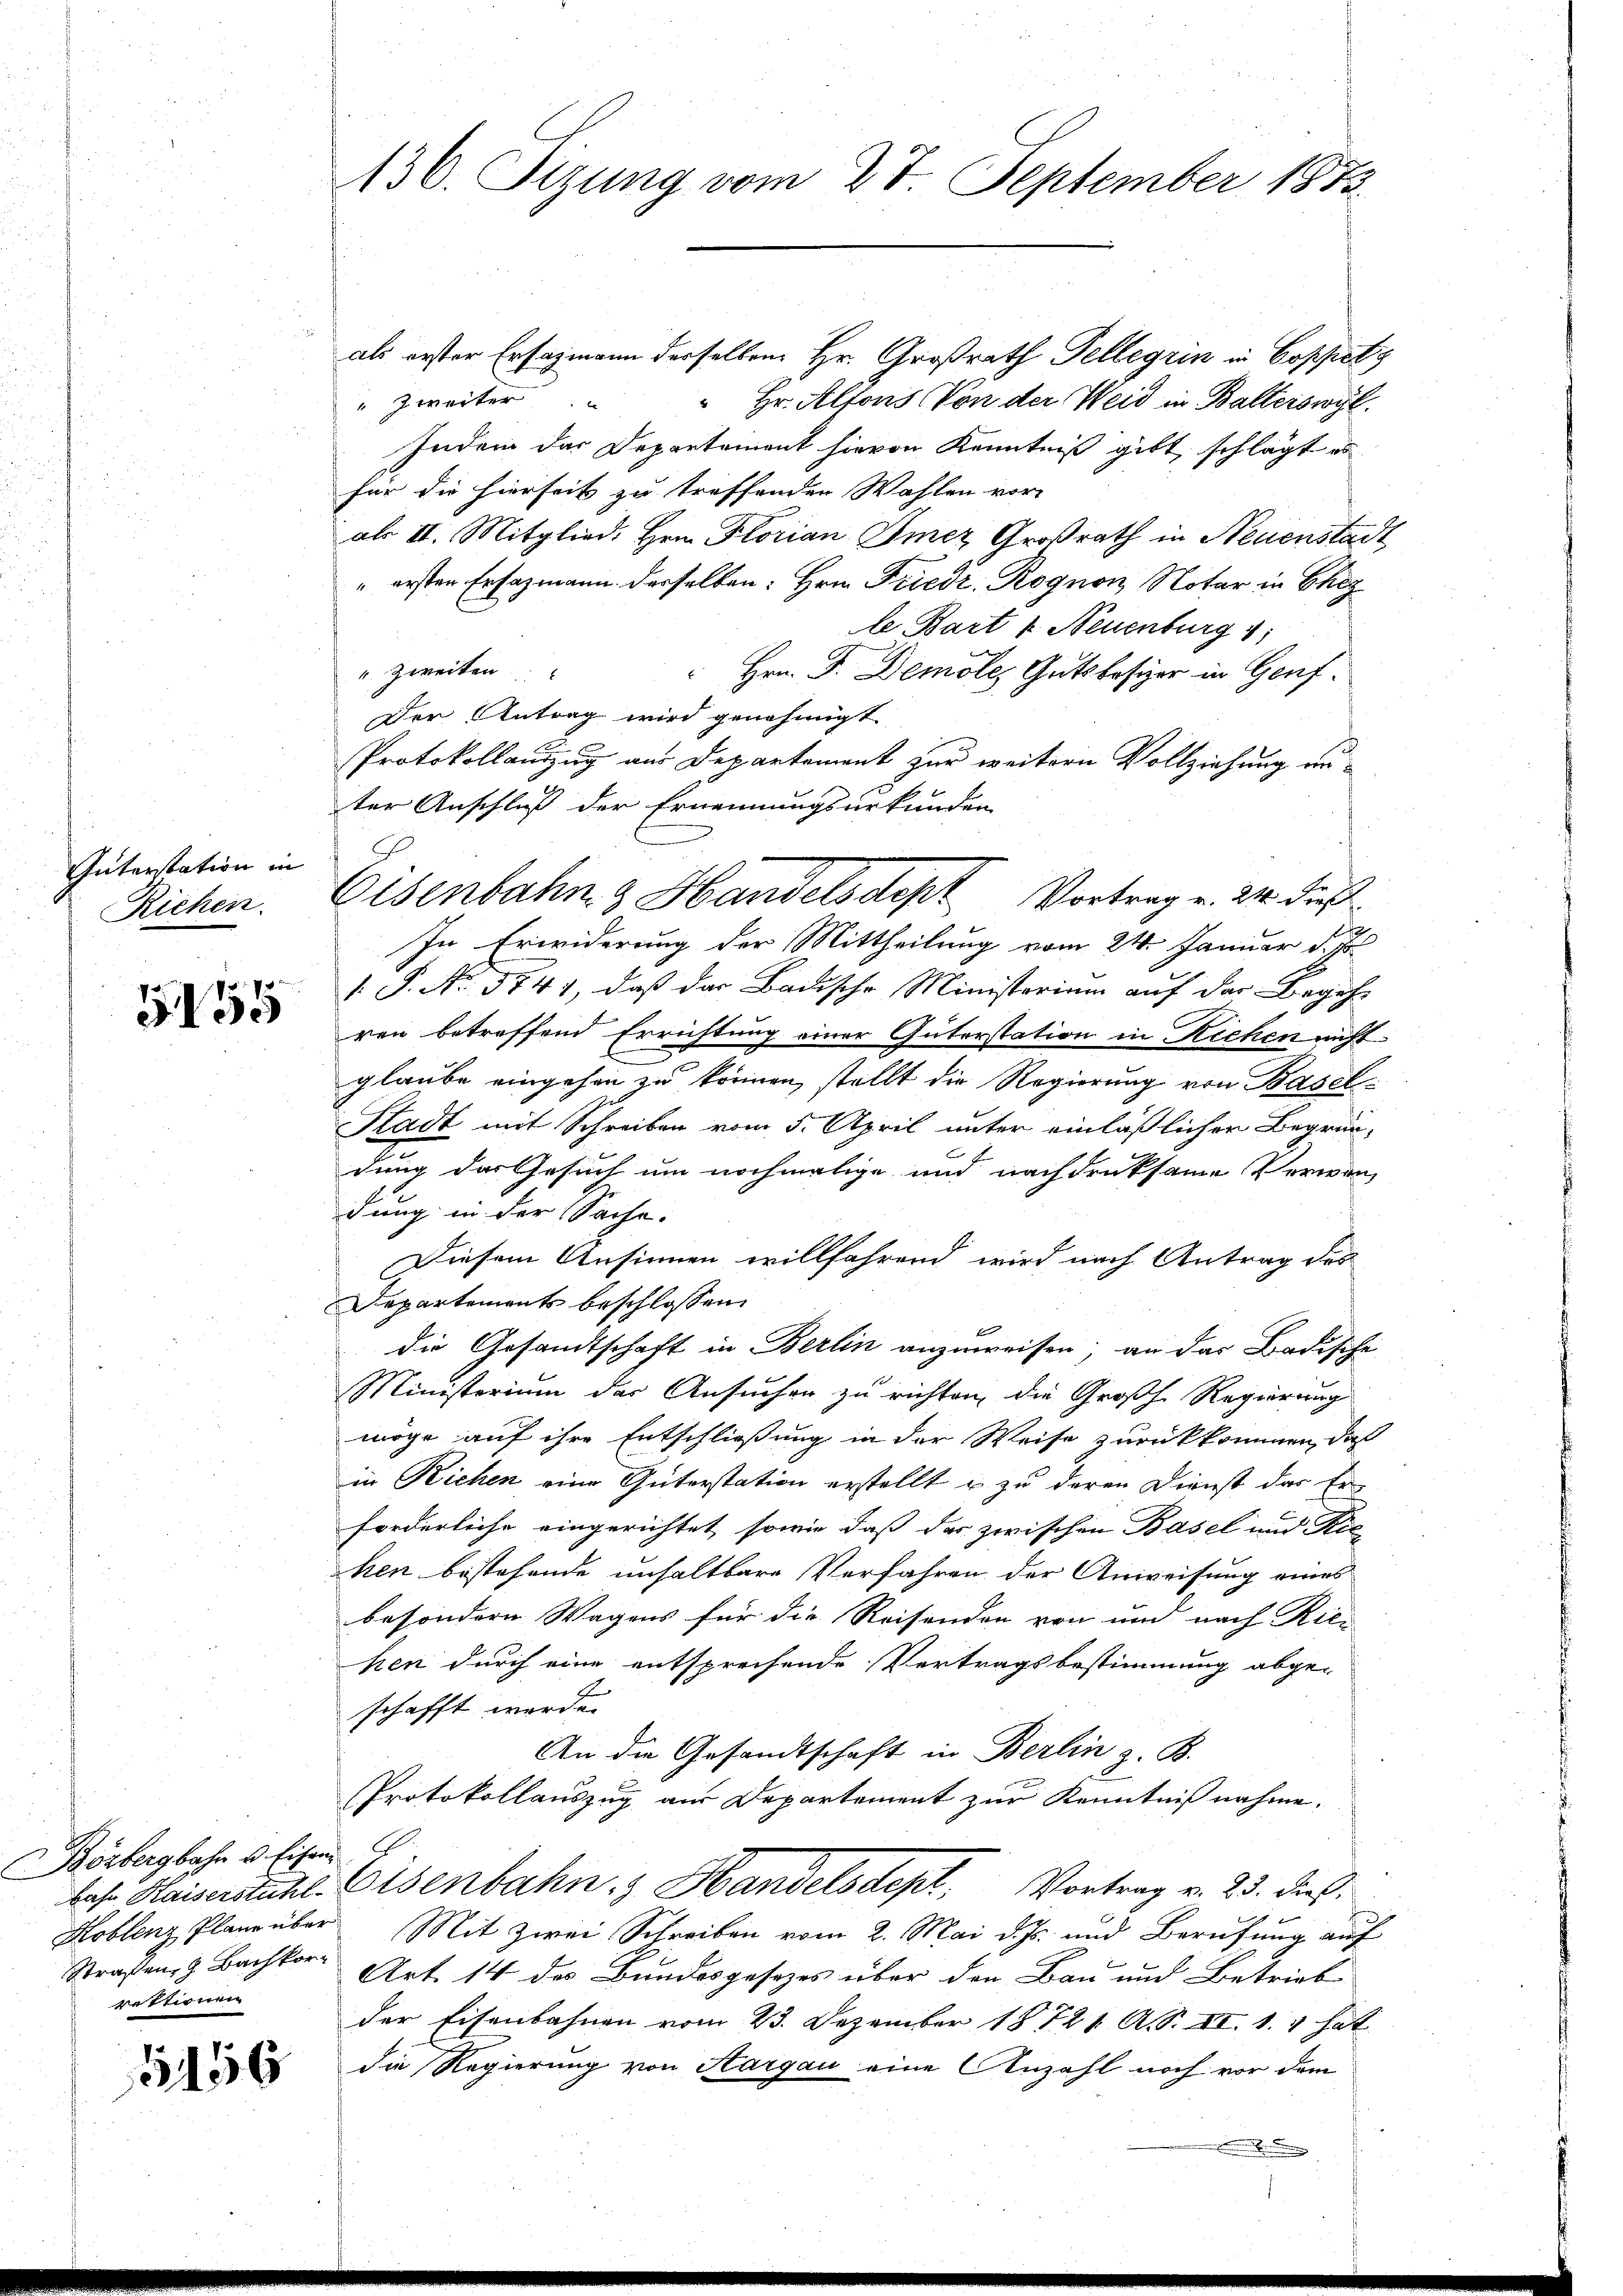
Güterstation in
Richen.

f 9 x
5100

Bözbergbahn u. Eisen
rektionen

1156

136. Sizung vom 27. September 1873.

als erster Ersagmann derselben Hr. Großrath Tellerin in Coppetz
" zweiter " " Hr. Alfons Von der Weid in Balterswyl
Indem das Departement hievon Kenntniß gibt schlägt es
für die hierseit zu treffenden Wahlen vor-
als II. Mitglied. Hrn. Florian Imez Großrath in Neuenstadt
" ersten Ersazmann derselben: Hrn. Friedr. Rognon, Notar in Eheg
le Bart v. Neuenburg
" zweiten
 Hrn. F. Demoles Gutsbesizer in Genf.
Der Antrag wird genehmigt
Protokollauszug aus Departement zur weitern Vollziehung auter Anschluß der Ernennungsurkunden
In Erwiderung der Mittheilung vom 24. Januar d. Js.
. P. No. 5841, daß der Bauische Ministerium auf das Begeh-
ren betreffend Errichtung einer Güterstation in Richen nicht
glaube eingehen zu können, stellt die Regierung von Basel
Stadt mit Schreiben vom 5. April unter einläßlicher Begründung das Gesuch um nochmalige und nachdruksame Verwendung in der Sache.
Diesem Ansinnen willfahrend wird nach Antrag des
Departements beschlossen
die Gesandtschaft in Berlin anzuweisen; an das Badische
Ministerium der Ansuchen zu richten, die Großh. Regierung
möge auf ihre Entschließung in der Weise zurückkommen, daß
in Richen eine Güterstation erstellt u zu deren Dienst das Er-
forderliche eingerichtet, sowie daß das zwischen Basel und Riehen bestehende unhaltbare Verfahren der Anweisung eines
besondern Wagens für die Reisenden von und nach Riehen durch eine entsprechende Vertragsbestimmung abge-
schafft werde.
An die Gesandtschaft in Berlin z. B.
Protokollauszug aus Departement zur Kenntnißnahme.
bas Kaiserstuhl. Eisenbahn & Handelsdept, Vortrag v. 23. dieß.
Koblenz Plane über Mit zwei Schreiben vom 2. Mai d. Js. und Berufung auf
Straßen, & Bachkorr Art. 14 des Bundesgesezes über den Bau und Betrieb
der Eisenbahnen vom 23. Dezember 18721. A. S. II. 1. hat
die Regierung von Aargau eine Anzahl noch vor dem
n

Eisenbahn & Handelsdept Vortrag v. 24. dieß